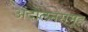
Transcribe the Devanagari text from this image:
अंदोलनसमूह